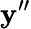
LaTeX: \mathbf{y}^{\prime\prime}